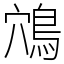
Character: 鴪